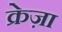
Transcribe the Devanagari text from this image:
क्रेज़ा